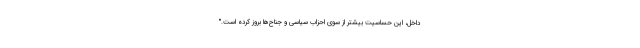
داخل، اين حساسيت بيشتر از سوي احزاب سياسي و جناح‌ها بروز كرده است."